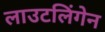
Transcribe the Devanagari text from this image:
लाउटलिंगेन